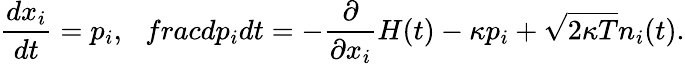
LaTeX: \frac{dx_{i}}{dt}=p_{i},\ \ \, frac{dp_{i}}{dt}=-\frac{\partial}{\partial x_{i}}H(t)-\kappa p_{i}+\sqrt{2\kappa T}n_{i}(t).